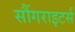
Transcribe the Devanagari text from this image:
सौंगराइटर्स